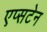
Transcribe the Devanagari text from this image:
एप्सटेन